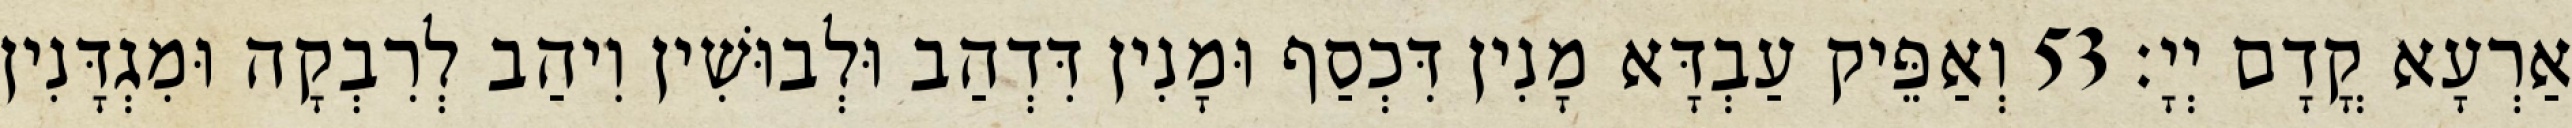
אַרְעָא קֳדָם יְיָ׃ 53 וְאַפֵּיק עַבְדָּא מָנִין דִּכְסַף וּמָנִין דִּדְהַב וּלְבוּשִׁין וִיהַב לְרִבְקָה וּמִגְדָּנִין